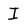
Character: I